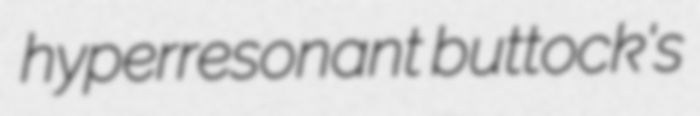
hyperresonant buttock's